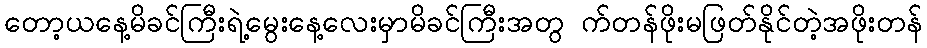
တော့ယနေ့မိခင်ကြီးရဲ့မွေးနေ့လေးမှာမိခင်ကြီးအတွ က်တန်ဖိုးမဖြတ်နိုင်တဲ့အဖိုးတန်